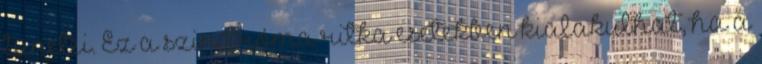
tünetei. Ez a szindróma ritka esetekben kialakulhat, ha a